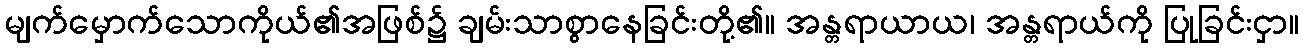
မျက်မှောက်သောကိုယ်၏အဖြစ်၌ ချမ်းသာစွာနေခြင်းတို့၏။ အန္တရာယာယ၊ အန္တရာယ်ကို ပြုခြင်းငှာ။